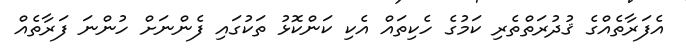
އެފަރާތެއްގެ ޤުދުރަތްތެރި ކަމުގެ ހެކިތައް އެކި ކަންކޮޅު ތަކުގައި ފެންނަށް ހުންނަ ފަރާތެއް